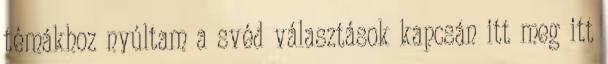
témákhoz nyúltam a svéd választások kapcsán itt meg itt